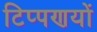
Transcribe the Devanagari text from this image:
टिप्पणयों